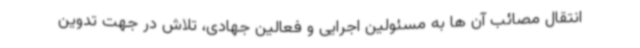
انتقال مصائب آن ها به مسئولین اجرایی و فعالین جهادی، تلاش در جهت تدوین